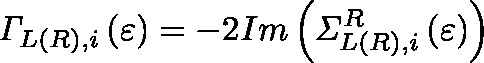
{ \mathit { \Gamma } } _ { L ( R ) , i } \left( \varepsilon \right) = - 2 I m \left( { \mathit { \Sigma } } _ { L ( R ) , i } ^ { R } \left( \varepsilon \right) \right)